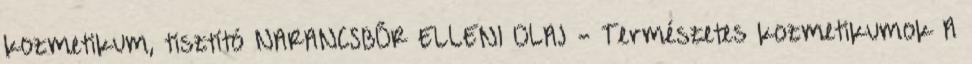
kozmetikum, tisztító NARANCSBŐR ELLENI OLAJ - Természetes kozmetikumok A